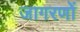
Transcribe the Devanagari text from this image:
जागरणों